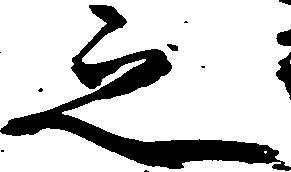
之